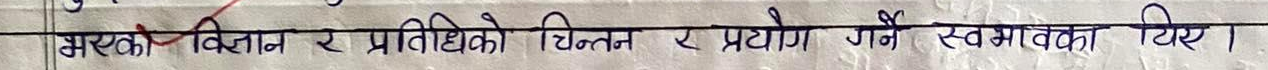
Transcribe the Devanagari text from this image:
मस्तिष्कको विज्ञान र प्रतिनिधिको चिन्तन र प्रयोग गर्ने स्वभाविक थियो।